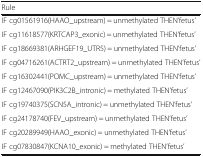
<table><thead><tr><td><b>Rule</b></td></tr></thead><tbody><tr><td>IF cg01561916(HAAO_upstream) = unmethylated THEN’fetus’</td></tr><tr><td>IF cg11618577(KRTCAP3_exonic) = unmethylated THEN’fetus’</td></tr><tr><td>IF cg18669381(ARHGEF19_UTR5) = unmethylated THEN’fetus’</td></tr><tr><td>IF cg04716261(ACTRT2_upstream) = unmethylated THEN’fetus’</td></tr><tr><td>IF cg16302441(POMC_upstream) = unmethylated THEN’fetus’</td></tr><tr><td>IF cg12467090(PIK3C2B_intronic) = methylated THEN’fetus’</td></tr><tr><td>IF cg19740375(SCN5A_intronic) = unmethylated THEN’fetus’</td></tr><tr><td>IF cg24178740(FEV_upstream) = unmethylated THEN’fetus’</td></tr><tr><td>IF cg20289949(HAAO_exonic) = unmethylated THEN’fetus’</td></tr><tr><td>IF cg07830847(KCNA10_exonic) = methylated THEN’fetus’</td></tr></tbody></table>